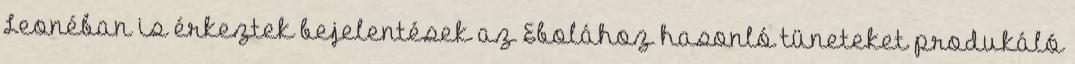
Leonéban is érkeztek bejelentések az Ebolához hasonló tüneteket produkáló